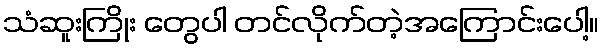
သံဆူးကြိုး တွေပါ တင်လိုက်တဲ့အကြောင်းပေါ့။